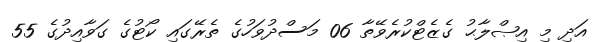
އަދި މި އިޞްލާޙު ގެޒެޓްކުރެވޭތާ 06 މަސްދުވަހުގެ ތެރޭގައި ކޯޓުގެ ގަވާއިދުގެ 55